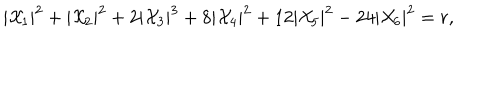
LaTeX: | { \cal X } _ { 1 } | ^ { 2 } + | { \cal X } _ { 2 } | ^ { 2 } + 2 | { \cal X } _ { 3 } | ^ { 3 } + 8 | { \cal X } _ { 4 } | ^ { 2 } + 1 2 | { \cal X } _ { 5 } | ^ { 2 } - 2 4 | { \cal X } _ { 6 } | ^ { 2 } = r ,